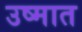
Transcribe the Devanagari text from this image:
उष्मात